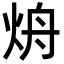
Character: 烐